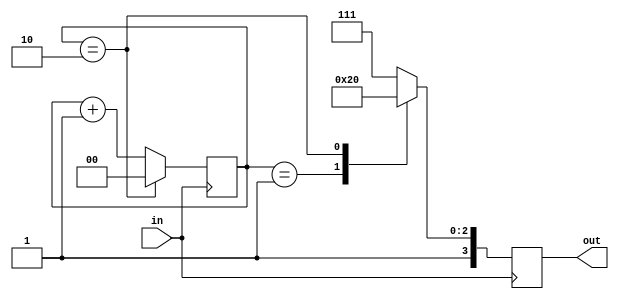
module gear (in,out);
	input in;
	output [3:0]out;
	reg [3:0]out;
	reg [1:0]a;

	always@(negedge in) 
		begin
		     if (a==2)
		        a=0;
		     else a=a+1;
		end
	always@(posedge in) 
	  begin 
		  case(a)
		     2'b00:out=15;
		     2'b01:out=12;
		     2'b10:out=8;
		     default out=15;
		   endcase
		 end
endmodule